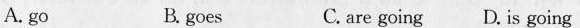
A. go B. goes C. are going D. Is going